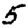
Digit: 5